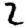
Digit: 2